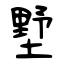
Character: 墅